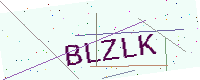
Text: BLZLK